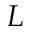
L